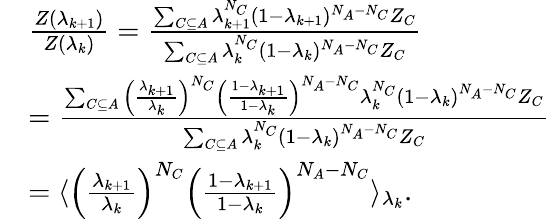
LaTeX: \begin{array}{rl}&{\frac{Z(\lambda_{k+1})}{Z(\lambda_{k})}=\frac{\sum_{C\subseteq A}\lambda_{k+1}^{N_{C}}(1-\lambda_{k+1})^{N_{A}-N_{C}}Z_{C}}{\sum_{C\subseteq A}\lambda_{k}^{N_{C}}(1-\lambda_{k})^{N_{A}-N_{C}}Z_{C}}}\\ &{=\frac{\sum_{C\subseteq A}\left(\frac{\lambda_{k+1}}{\lambda_{k}}\right)^{N_{C}}\left(\frac{1-\lambda_{k+1}}{1-\lambda_{k}}\right)^{N_{A}-N_{C}}\lambda_{k}^{N_{C}}\left(1-\lambda_{k}\right)^{N_{A}-N_{C}}Z_{C}}{\sum_{C\subseteq A}\lambda_{k}^{N_{C}}\left(1-\lambda_{k}\right)^{N_{A}-N_{C}}Z_{C}}}\\ &{=\langle\left(\frac{\lambda_{k+1}}{\lambda_{k}}\right)^{N_{C}}\left(\frac{1-\lambda_{k+1}}{1-\lambda_{k}}\right)^{N_{A}-N_{C}}\rangle_{\lambda_{k}}.}\end{array}